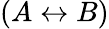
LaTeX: (A\leftrightarrow B)